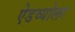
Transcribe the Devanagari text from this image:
ऐडव्योलर